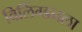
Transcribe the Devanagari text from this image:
विलिंग्डनला